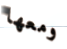
ومعها